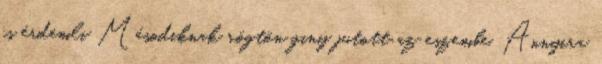
is érdemli Másodiknak rögtön giny jutott az eszembe. Annyira